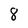
Character: 8